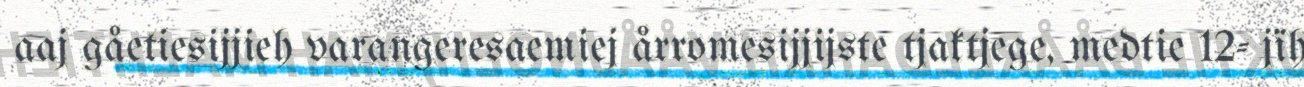
aaj gåetiesijjieh varangeresaemiej årromesijjijste tjaktjege, medtie 12- jïh